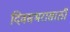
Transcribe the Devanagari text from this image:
दिवसभरासाठी